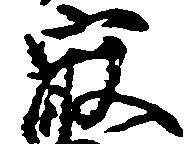
最